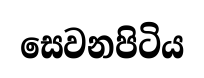
සෙවනපිටිය